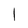
Character: l